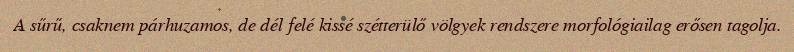
A sűrű, csaknem párhuzamos, de dél felé kissé szétterülő völgyek rendszere morfológiailag erősen tagolja.